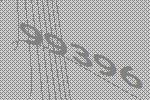
99396